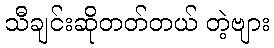
သီချင်းဆိုတတ်တယ် တဲ့ဗျား